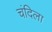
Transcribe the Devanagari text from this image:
चंदिला